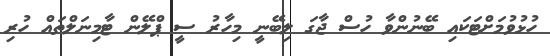
ހުޅުވުމަށްޓަކައި ބޭނުންވާ ހުސް ޖާގަ ލިބޭނީ މިހާރު ސީ ޕްލޭން ޓާމިނަލްތައް ހުރި